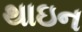
થાઇન